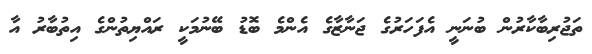
ތަޖުރިބާކާރުން ބުނަނީ އެފަހަރުގެ ޖަނާޒާގެ އެންމެ ބޮޑު ބޭނުމަކީ ރައްޔިތުންގެ އިތުބާރު އާ